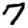
Digit: 7